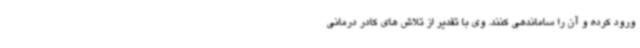
ورود کرده و آن را ساماندهی کنند. وی با تقدیر از تلاش های کادر درمانی